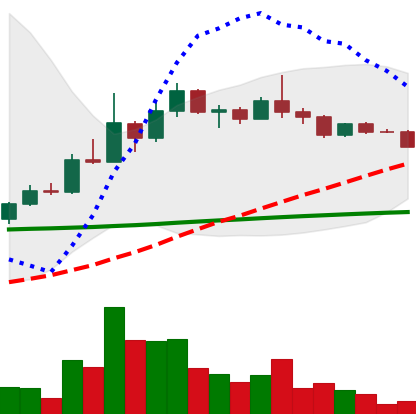
Ticker: DOGE-USD
Chart end date: 2022-12-11
Forward return: -18.232%
Label: down_7plus